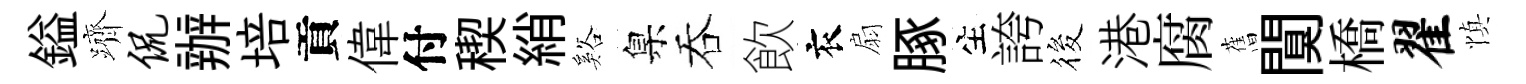
鎰躋侃辦培貢偉付稧綃谿臬吞飲衣扇䐁生誇筱港腐𦾔闃橋翟慎